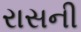
રાસની